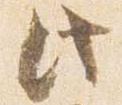
此